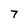
Character: 7